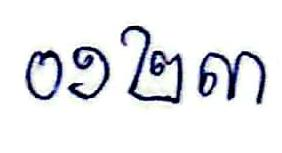
០១២៣